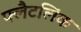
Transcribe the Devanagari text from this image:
फ्लैटलिंक